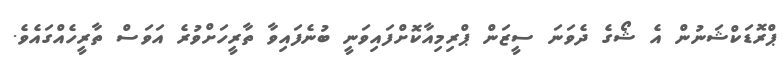
ޕްރޮޑަކްޝަނުން އެ ޝޯގެ ދެވަނަ ސީޒަން ޕްރިމިއާކޮށްފައިވަނީ ބުނެފައިވާ ތާރީހަށްވުރެ އަވަސް ތާރީހެއްގައެވެ.